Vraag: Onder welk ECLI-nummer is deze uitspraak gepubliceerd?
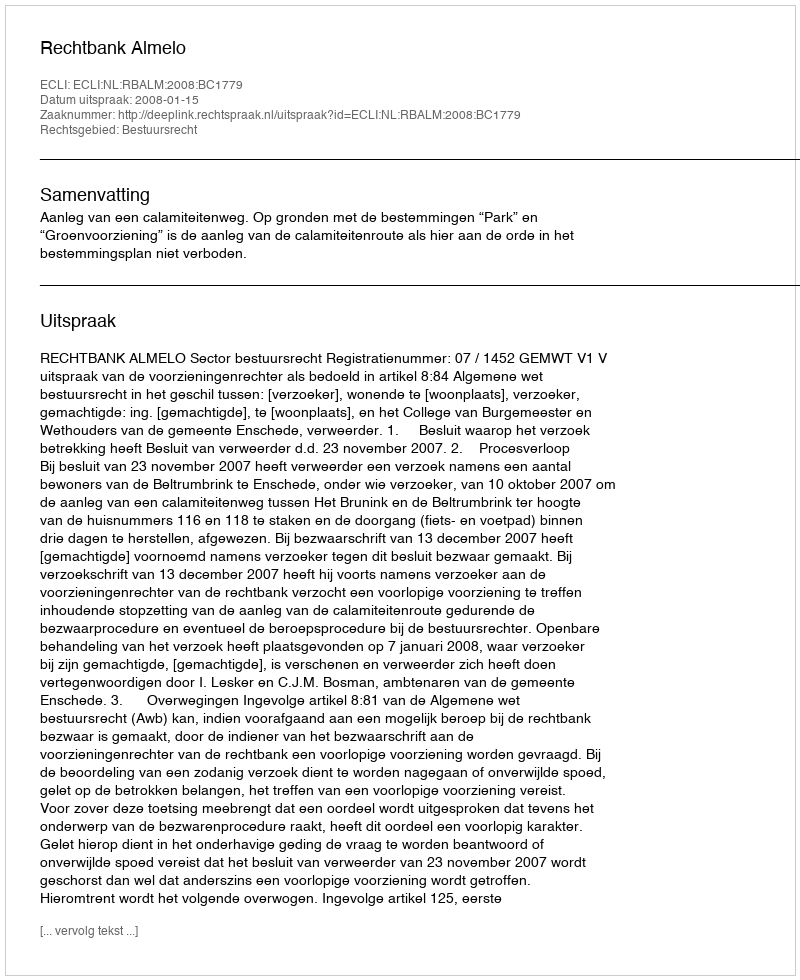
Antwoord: ECLI:NL:RBALM:2008:BC1779